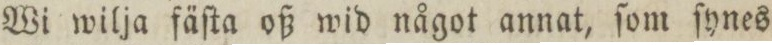
Wi wilja fäſta oß wid något annat, ſom ſynes